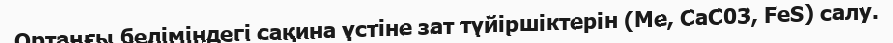
Ортаңғы беліміндегі сақина үстіне зат түйіршіктерін (Me, СаС03, FeS) салу.